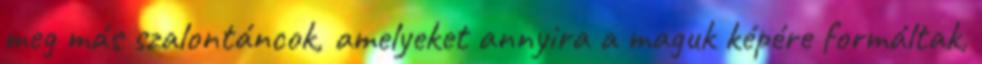
meg más szalontáncok, amelyeket annyira a maguk képére formáltak,